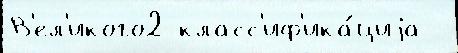
В'ел'икого2 класс'иф'ика́циjа